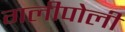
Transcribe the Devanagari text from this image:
गलीपोली